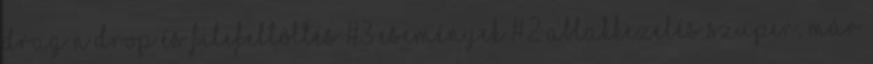
Drag’n’Drop és Filefeltöltés #3 Események #2 Ablakkezelés Szuper, már